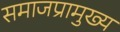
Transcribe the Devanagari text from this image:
समाजप्रामुख्य